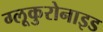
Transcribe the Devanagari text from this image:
ग्लूकुरोनाइड